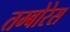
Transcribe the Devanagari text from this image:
तम्बोरेस